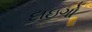
દાઇગો